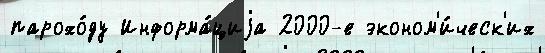
парохо́ду Информа́циjа 2000-е эконом'и́ческ'их